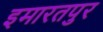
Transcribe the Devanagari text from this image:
इमारतपुर